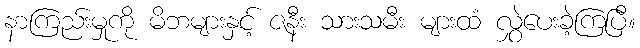
နာကြည်းမှုကို မိဘများနှင့် ဇနီး သားသမီး များထံ လွှဲပေးခဲ့ကြပြီ။